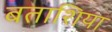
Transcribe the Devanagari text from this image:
बताशिया